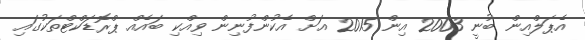
އެޕަލްއިން ބުނީ 2003 އިން 2015 އަށް އެކުންފުނިން ވިއްކި ބައެއް ޕްރޮޑަކްޓްތަކުގައި